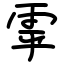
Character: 雽